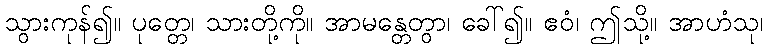
သွားကုန်၍။ ပုတ္တေ၊ သားတို့ကို။ အာမန္တေတွာ၊ ခေါ်၍။ ဧဝံ၊ ဤသို့။ အာဟံသု၊